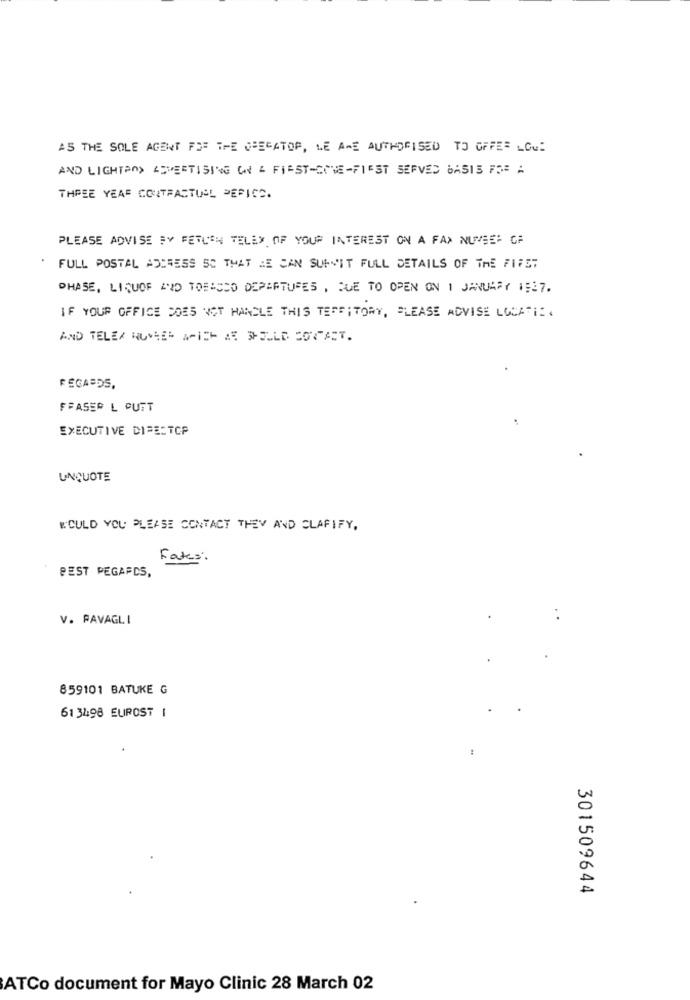
AS THE SOLE AGENT FOR THE OPERATOR, WE ARE AUTHORISED TO OFFER _Ou:
AND LIGHTAND SEVERTISING ON & FIRST-CIVE-FIRST SERVED BASIS FOR A
THREE YEAR CONTRACTUEL PERICC.
PLEASE ADVISE BY FERLEN TELEX OF YOUR INTEREST ON A FAX NUNGE: CF
FULL POSTAL ADDRESS SO THAT HE CAN SUFFIT FULL DETAILS OF THE FIRST
PHASE, LIQUOR AND TOBACCO DEPARTURES , DUE TO OPEN ON 1 JANUARY 1:17.
IF YOUR OFFICE DOES NOT HANDLE THIS TERRITORY, PLEASE ADVISE LOCATIE.
AND TELEX HUNGER AFISH AR SHOULD CONTACT.
FEGAEDS,
FRASER L CUTT
EXECUTIVE DIRECTOR
UNQUOTE
WOULD YOU PLEASE CONTACT THEV AND CLAFIFY,
Fates:
PEST PEGAPCS,
V. PAVAGLI
859101 BATUKE G
61 3498 EUROST I
301509644
ATCo document for Mayo Clinic 28 March 02